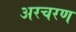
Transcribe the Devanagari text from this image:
अरचरण